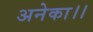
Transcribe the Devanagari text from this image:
अनेका।।